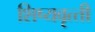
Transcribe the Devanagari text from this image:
शिष्‍यवृत्‍ती